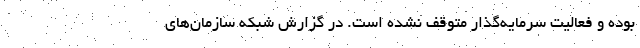
بوده و فعالیت سرمایه‌گذار متوقف نشده است. در گزارش شبکه سازمان‌های